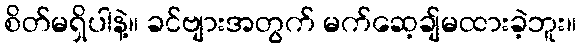
စိတ်မရှိပါနဲ့။ ခင်ဗျားအတွက် မက်ဆေ့ချ်မထားခဲ့ဘူး။